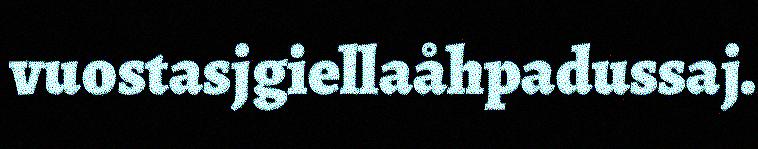
vuostasjgiellaåhpadussaj.